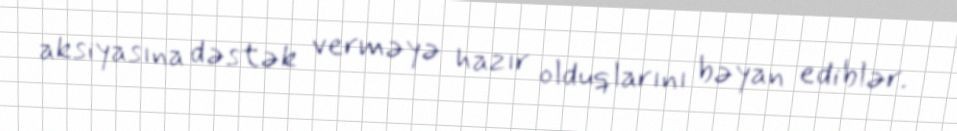
aksiyasına dəstək verməyə hazır olduqlarını bəyan ediblər.